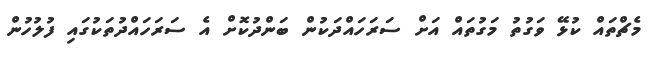
މެޗްތައް ކުޅޭ ވަގުތު މަގުތައް އަށް ސަރަހައްދަކުން ބަންދުކޮށް އެ ސަރަހައްދުތަކުގައި ފުލުހުން